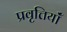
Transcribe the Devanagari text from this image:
प्रवृत्तियॉं